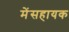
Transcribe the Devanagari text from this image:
मेंसहायक